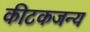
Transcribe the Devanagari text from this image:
कीटकजन्य